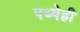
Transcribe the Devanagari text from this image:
पथ्येही